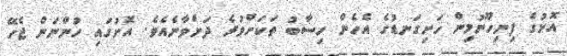
އޮށުގެ ފިނިހޫނުމިން ހަށިގަނޑުގެ އެހެން ހިސާބު ތަކަށްވުރެ ދަށްވާނެއެވެ. އޮށުގައި ހުންނަން ޖެހޭ